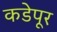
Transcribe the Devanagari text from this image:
कडेपूर